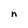
Character: n